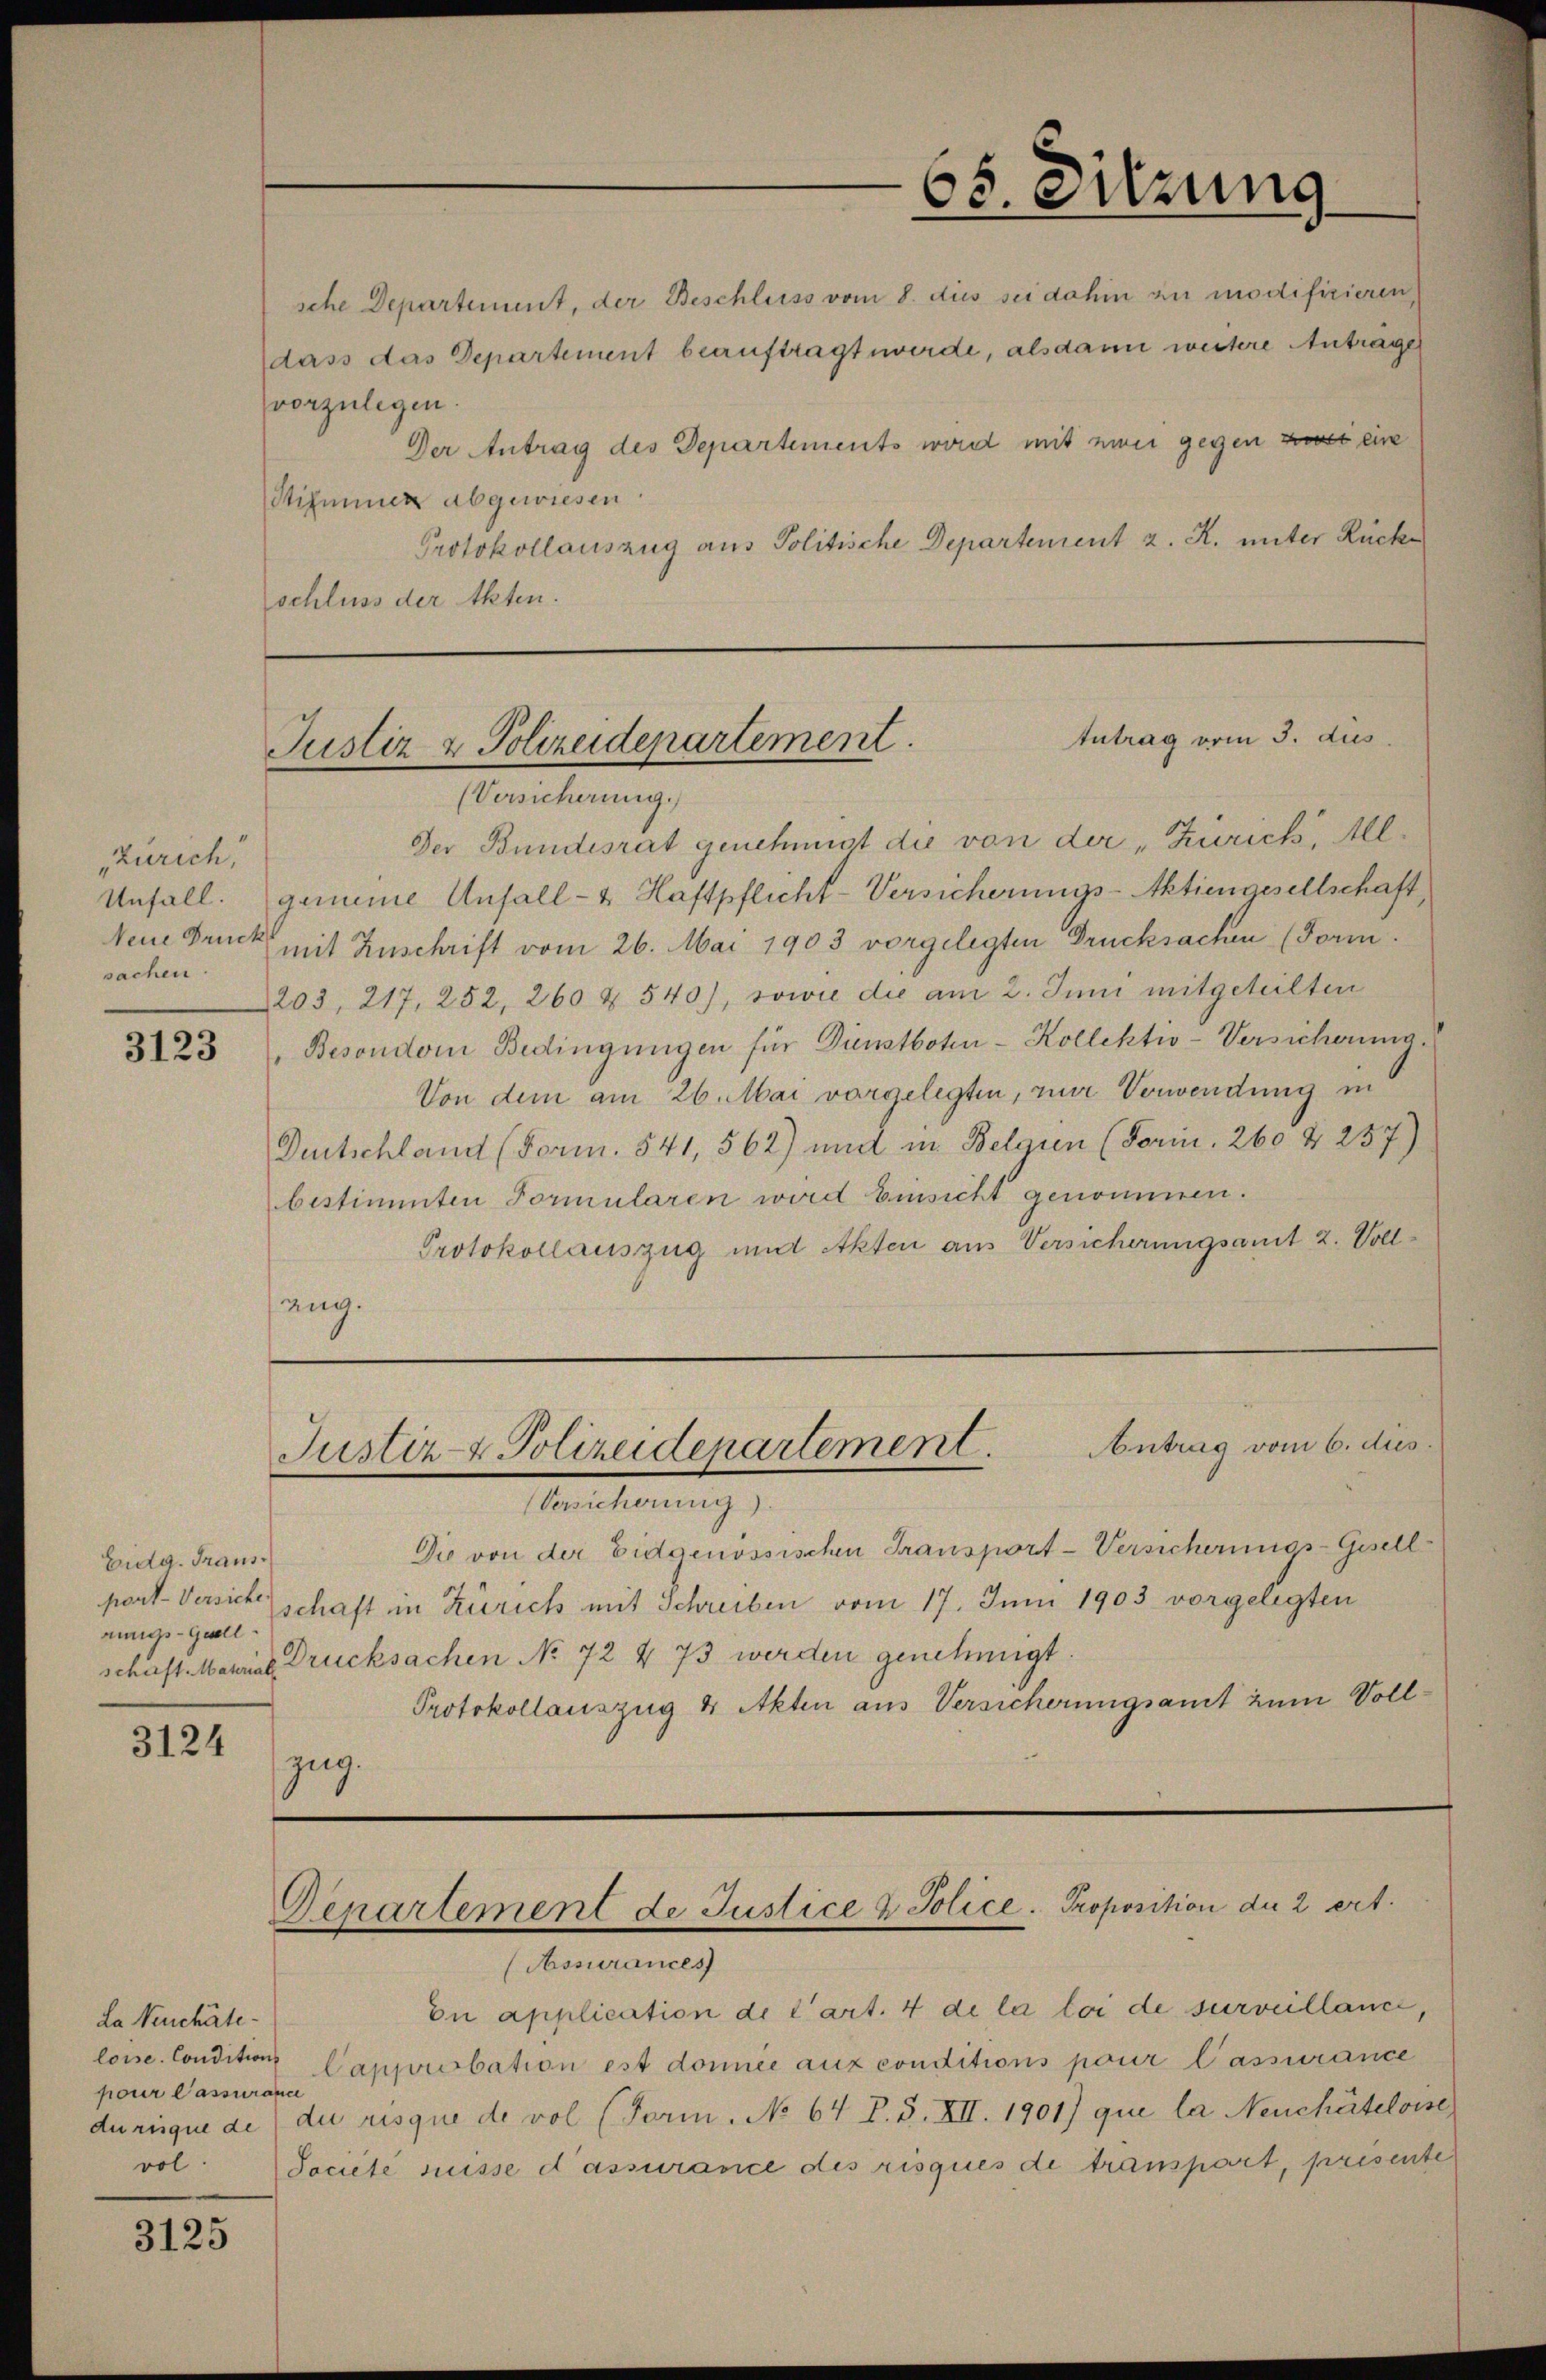
Zürich,
sachen.

3123

Eidg. Traus
rungs- Quell

3124

La Neuchâte
loise. Conditions
pour Passurance
vol.

3125

sche Departement, der Beschluss vom 8. dies sei dahin zu modifizieren
dass das Departement beauftragt werde, alsdann weitere Antrager
vorzulegen.
Stimmer abgewiesen
schluss der Akten.

Antrag vom 3. dus.
Justiz & Polizeidepartement.
(Versicherung.)

Der Bundesrat genehmigt die von der „Zürich, All¬
Unfall. gemeine Unfall- & Haftpflicht-Versicherungs-Aktiengesellschaft,
Neue Druck, mit Zuschrift vom 26. Mai 1903 vorgelegten Drucksachen (Form.
203, 217, 252, 260 & 540), sowie die am 2. Juni mitgeteilten
Besondern Bedingŭngen für Dunstboten-Kollektiv-Versicherung.
Von dem am 26. Mai vorgelegten, nur Vorwendung in
Dentschland (Form. 541, 562) und in Belgien (Forin. 260 § 257)
bestimmten Formularen wird Einsicht genommen.
Protokollauszug und Akten aus Versicherungsamt 2. Vollsang.

Justiz- & Polizeidepartement.
Versicherung).

65. Sitzung
Der Antrag des Departements wird mit zwei gegen ist eine
Protokollauszug aus Politische Departement z. R. unter Rück¬

Antrag vom 6. dies

Die von der Eidgenössischen Transport-Versicherungs-Gesell
port-Versich schaft in Zürich mit Schreiben vom 17. Juni 1903 vorgelegten
schaft Marial Drucksachen No 72 § 73 werden genehmigt.
Protokollauszug & Akten aus Versicherungsamt zum Vollzug.

Genartement de Justice & Police. Proposition der 2 ert.
(Assurances

Dn application de l’art. 4 de la loi de surveillance.
Capprobation est donnée aux conditions pour l’assurance
durique de di risque de vol (Form. No 64 P. S. XII. 1901) que la Neuchâteloise
Societe suisse d’assurance des risques de transpart, prisente